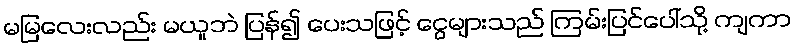
မမြလေးလည်း မယူဘဲ ပြန်၍ ပေးသဖြင့် ငွေများသည် ကြမ်းပြင်ပေါ်သို့ ကျကာ